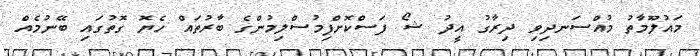
މައުލޫމާތު މުއްސަނދިވި ދިރާގު އީދު ޝޯ ފަސްކޮށްފިމުސްލިމުންގެ ބާރުތައް ހެޔޮ ގޮތުގައި ބޭނުމެއް